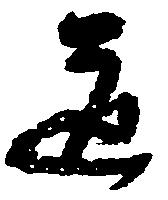
道